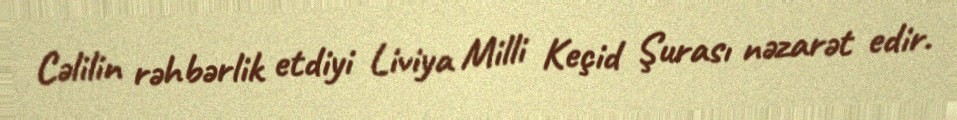
Cəlilin rəhbərlik etdiyi Liviya Milli Keçid Şurası nəzarət edir.